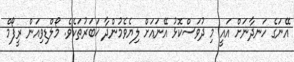
އޭނަގެ ހަނދާނަށް އައީ މި ދުވަސްކޮޅު އޭނައަށް ލިޔެވެމުންދާ ޚަބަރުތަކެވެ. މޯލްޑިވިއަން ރީފޯމް